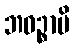
ဘဝဉ္စာပိ